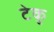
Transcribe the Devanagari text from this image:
टेकु